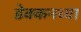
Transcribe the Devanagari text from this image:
डेक्कनच्या